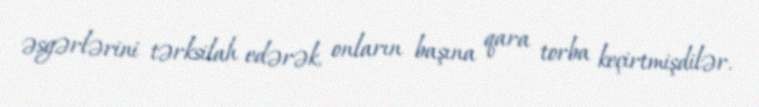
əsgərlərini tərksilah edərək, onların başına qara torba keçirtmişdilər.